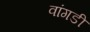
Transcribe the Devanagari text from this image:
वांगडी